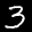
Digit: 3